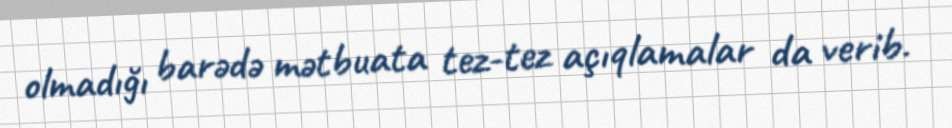
olmadığı barədə mətbuata tez-tez açıqlamalar da verib.